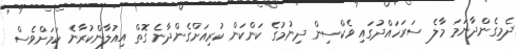
ދެމިގެންދާނަމަ މާލެ ސަރަހައްދުގައި ވެކްސިން ދިނުމުގެ ކަންކަން ކުރިއަށްގެންދާނެ ގޮތް އިއުލާންކުރާނެ ކަމަށްވެސް